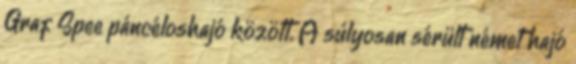
Graf Spee páncéloshajó között. A súlyosan sérült német hajó